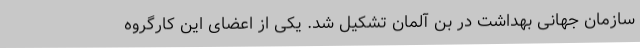
سازمان جهانی بهداشت در بن آلمان تشکیل شد. یکی از اعضای این کارگروه